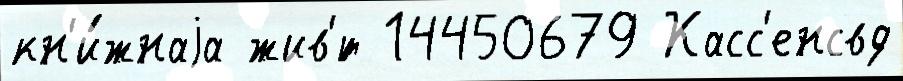
кн'и́жнаjа жив'́т 14450679 Касс'енсвд